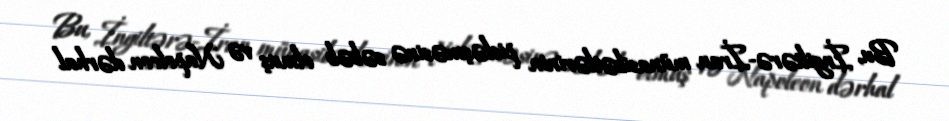
Bu, İngiltərə-İran münasibətlərinin pisləşməsinə səbəb olmuş və Napoleon dərhal